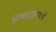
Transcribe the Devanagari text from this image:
हॉग्वार्ट्झमध्ये